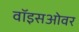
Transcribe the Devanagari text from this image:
वॉइसओवर